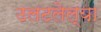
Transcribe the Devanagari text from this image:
उलटलेल्या